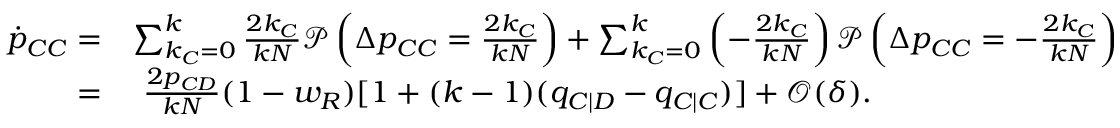
\begin{array} { r l } { \dot { p } _ { C C } = } & { \sum _ { k _ { C } = 0 } ^ { k } { \frac { 2 k _ { C } } { k N } \mathcal { P } \left( \Delta p _ { C C } = \frac { 2 k _ { C } } { k N } \right) } + \sum _ { k _ { C } = 0 } ^ { k } { \left( - \frac { 2 k _ { C } } { k N } \right) \mathcal { P } \left( \Delta p _ { C C } = - \frac { 2 k _ { C } } { k N } \right) } } \\ { = } & { ~ \frac { 2 p _ { C D } } { k N } ( 1 - w _ { R } ) [ 1 + ( k - 1 ) ( q _ { C | D } - q _ { C | C } ) ] + \mathcal { O } ( \delta ) . } \end{array}